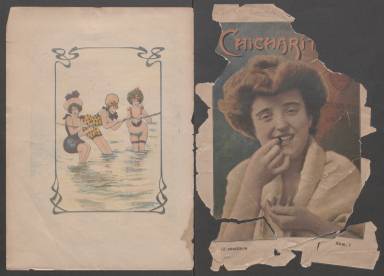
Título: Chicharito (Barcelona)
Colección: Revistas licenciosas
Ámbito geográfico: Barcelona
Lugar de publicación: Barcelona
Fechas: 01/01/1904-31/12/1906